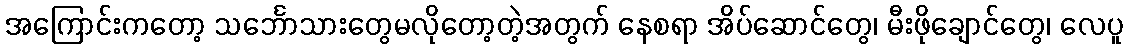
အကြောင်းကတော့ သင်္ဘောသားတွေမလိုတော့တဲ့အတွက် နေစရာ အိပ်ဆောင်တွေ၊ မီးဖိုချောင်တွေ၊ လေပူ